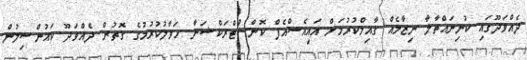
ދެއްވަދޫގައި ކުނިނައްތާލާ ނިޒާމެއް ގާއިމްކުރުމަށް އައިއެސްއެފް ކޮންސްޓްރަކްޝަނާ ހަވާލުކުރުމުގެ ގޮތުން ދެއްވަދޫ ކައުންސިލުން